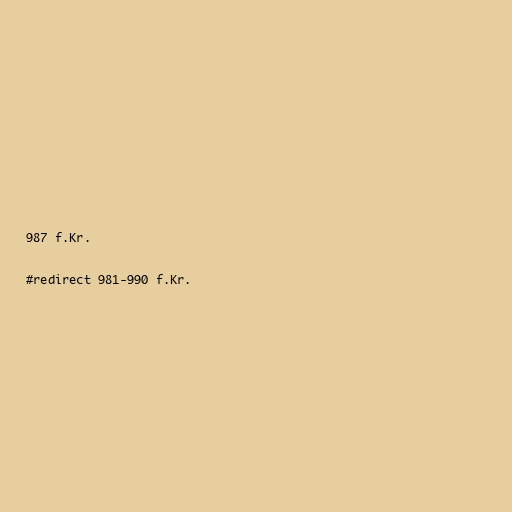
987 f.Kr.

#redirect 981-990 f.Kr.